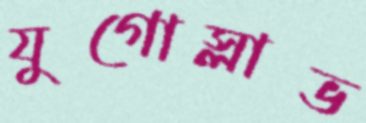
যুগোস্লাভ